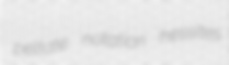
peltate notation hessites